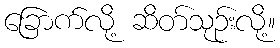
ခြောက်လို့ ဆိတ်သုဉ်းလို့။